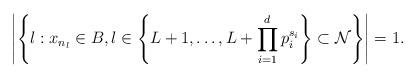
LaTeX: \begin{align*} \left|\left\{l:x_{n_l}\in B,l\in\left\{L+1,\ldots,L+\prod_{i=1}^dp_i^{s_i}\right\}\subset\mathcal{N}\right\}\right|=1.\end{align*}